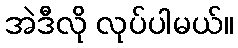
အဲဒီလို လုပ်ပါမယ်။